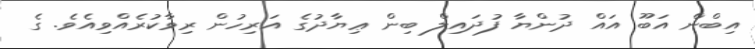
އިބްން އަބޫ އައް ދުންޔާ ފުދައިލް ބިން ޢިޔާދުގެ އަރިހުން ރިވާކުރެއްވިއެވެ. ގެ